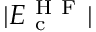
| E _ { \mathrm { ~ c ~ } } ^ { \mathrm { ~ H ~ F ~ } } |